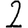
Digit: 2